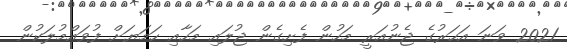
2021 ވަނަ އަހަރުގެ ޖެނުއަރީ މަހުން ފެށިގެން ޖުލައި މަހާއި ހަމަޔަށް ފުވައްމުލަކުން